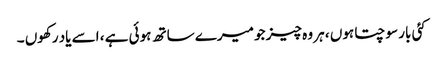
کئی بار سوچتا ہوں ، ہر وہ چیز جو میرے ساتھ ہوئی ہے ، اسے یاد رکھوں ۔